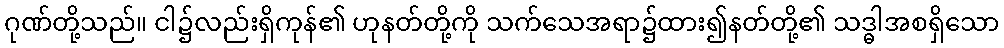
ဂုဏ်တို့သည်။ ငါ၌လည်းရှိကုန်၏ ဟုနတ်တို့ကို သက်သေအရာ၌ထား၍နတ်တို့၏ သဒ္ဓါအစရှိသော